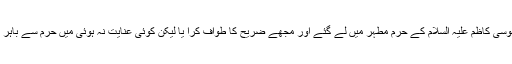
داستان سننے کے بعد انھوں نے حکم صادر فرمایا اور لوگ مجھے امام موسیٰ کاظم علیہ السلام کے حرم مطہر میں لے گئے اور مجھے ضریح کا طواف کرا یا لیکن کوئی عنایت نہ ہوئی میں حرم سے باہر نکلا ، پیاس کا غلبہ ہوا پانی پیا ، پانی پیتے ہی میری حالت متغیر ہوگئی ۔